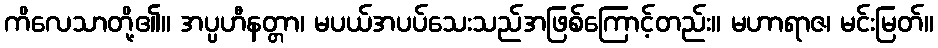
ကိလေသာတို့၏။ အပ္ပဟီနတ္တာ၊ မပယ်အပပ်သေးသည်အဖြစ်ကြောင့်တည်း။ မဟာရာဇ၊ မင်းမြတ်။